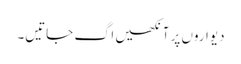
دیواروں پر آنکھیں اگ جاتیں۔